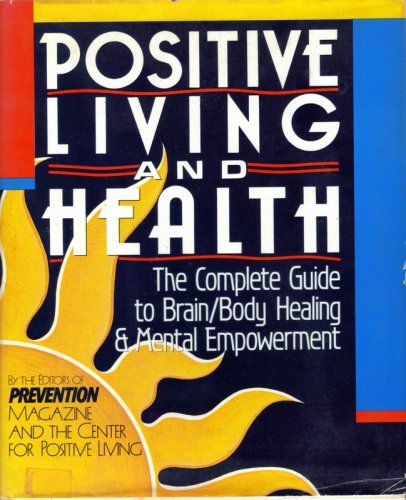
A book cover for Positive Living and Health: The Complete Guide to Brain/Body Healing and Mental Empowerment; Mark Bricklin; Health, Fitness & Dieting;